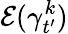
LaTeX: \mathcal{E}(\gamma_{t^{\prime}}^{k})